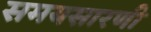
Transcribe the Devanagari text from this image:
समयसारणी